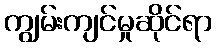
ကျွမ်းကျင်မှုဆိုင်ရာ